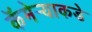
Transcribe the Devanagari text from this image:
कॅमेर्‍याकडे